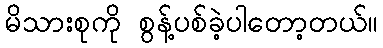
မိသားစုကို စွန့်ပစ်ခဲ့ပါတော့တယ်။